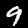
Digit: 9